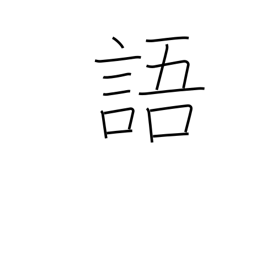
Meaning: speech